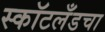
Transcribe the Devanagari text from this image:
स्कॉटलँडचा